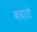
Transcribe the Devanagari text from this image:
बढा़ते